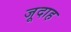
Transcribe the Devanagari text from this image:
जूदाह